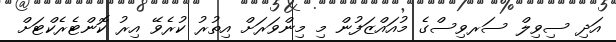
އަދި ސިވިލް ސަރވިސްގެ މުއައްޒަފުން މި މިންވަރަށް އިތުރު ކުރެވޭ އިރު ކޮންޓެރެކްޓަށް